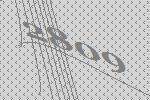
2809